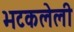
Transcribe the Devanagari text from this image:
भटकलेली